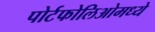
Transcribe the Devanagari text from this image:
पोर्टफोलिओमध्ये